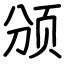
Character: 颁